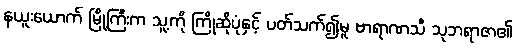
နယူးယောက် မြို့ကြီးက သူ့ကို ကြိုဆိုပုံနှင့် ပတ်သက်၍မူ ဗာရာဏသီ သုဘရာဇာ၏